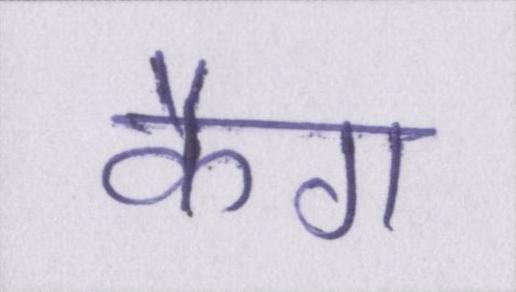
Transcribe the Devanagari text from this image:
कैग